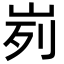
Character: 峛